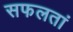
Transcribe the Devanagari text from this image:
सफलतां